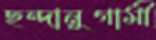
ছন্দানুগামী